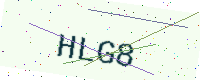
Text: HLG8